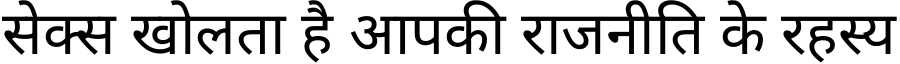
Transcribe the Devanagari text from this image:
सेक्स खोलता है आपकी राजनीति के रहस्य